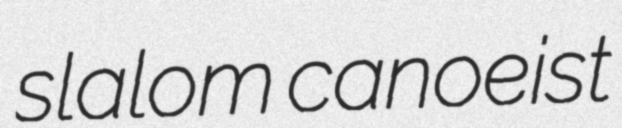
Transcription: slalom canoeist